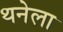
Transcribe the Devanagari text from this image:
थनेला